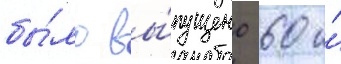
бы́ло вы́пущено 60 и́